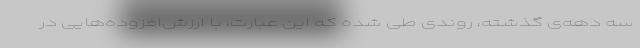
سه دهه‌ی گذشته، روندی طی شده که این عبارت، با ارزش‌افزوده‌هایی در